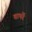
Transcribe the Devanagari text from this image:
वापरें